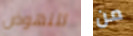
للنهوض من